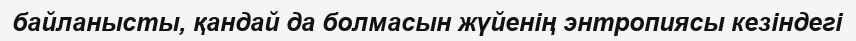
байланысты, қандай да болмасын жүйенің энтропиясы кезіндегі